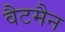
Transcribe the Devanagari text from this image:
वैटमैन